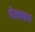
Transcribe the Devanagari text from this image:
वेलकर